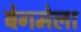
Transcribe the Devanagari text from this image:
बेगमेला